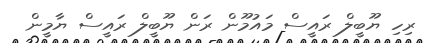
ރިހި ޔޫބީލް ރައީސް މައުމޫން ރަން ޔޫބީލް ރައީސް ޔާމީން